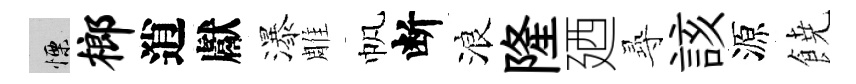
慄榔逍獻瀑雕帆断浪隆廼𡬶該源𩜙